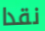
نقدا